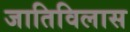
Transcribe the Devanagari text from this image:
जातिविलास